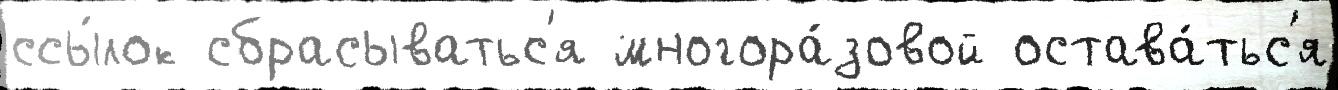
ссы́лок сбрасыватьс'я многора́зовой остава́тьс'я